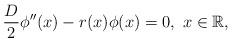
LaTeX: \begin{align*}\frac D2\phi''(x)-r(x)\phi(x)=0,\ x\in\mathbb{R},\end{align*}